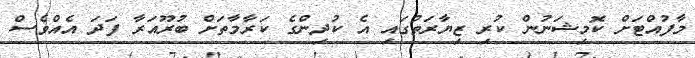
މާފުއްޓަށް ކޮމިޝަނުން ކުރި ޒިޔާރަތުގައި އެ ކުދިންގެ ކަރާމާތަށް ބުރޫއަރާ ފަދަ އެއްވެސް